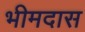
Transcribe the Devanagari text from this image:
भीमदास